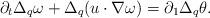
LaTeX: \begin{align*}\partial_t\Delta_q\omega+\Delta_q(u\cdot\nabla\omega)=\partial_1\Delta_q\theta.\end{align*}